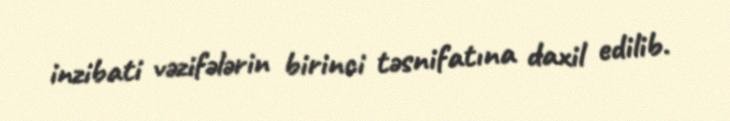
inzibati vəzifələrin birinci təsnifatına daxil edilib.